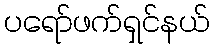
ပရော်ဖက်ရှင်နယ်